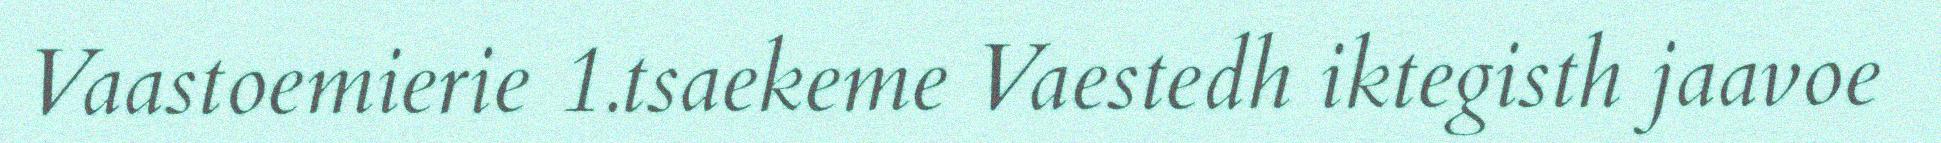
Vaastoemierie 1.tsaekeme Vaestedh iktegisth jaavoe